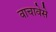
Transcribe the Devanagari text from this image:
वाचावेसे